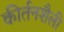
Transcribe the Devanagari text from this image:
कीर्तनशैली